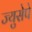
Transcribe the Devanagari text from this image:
ज्युसेपे